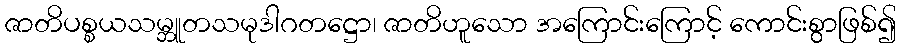
ဇာတိပစ္စယသမ္ဘူတသမုဒါဂတဋ္ဌော၊ ဇာတိဟူသော အကြောင်းကြောင့် ကောင်းစွာဖြစ်၍